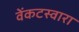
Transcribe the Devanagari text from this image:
वेंकटस्वारा